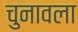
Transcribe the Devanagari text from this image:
चुनावला